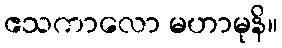
ဧသကာလော မဟာမုနိ။